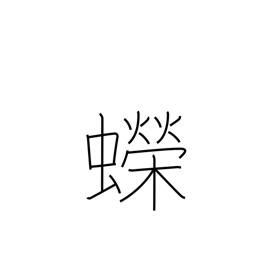
Meaning: newt